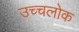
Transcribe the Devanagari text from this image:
उच्चलोक